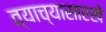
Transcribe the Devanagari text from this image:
त्याच्यासारखे